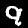
Label: 9